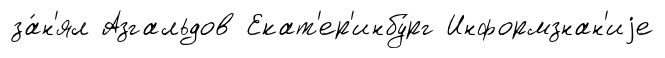
за́н'ял Азгальдов Екат'ер'инбу́рг Информзнан'иjе